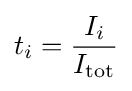
t_{i}={\frac {I_{i}}{I_{\text{tot}}}}